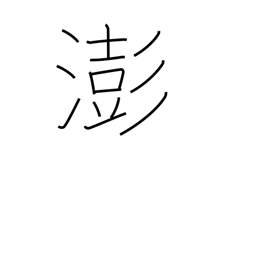
Meaning: turbulent water